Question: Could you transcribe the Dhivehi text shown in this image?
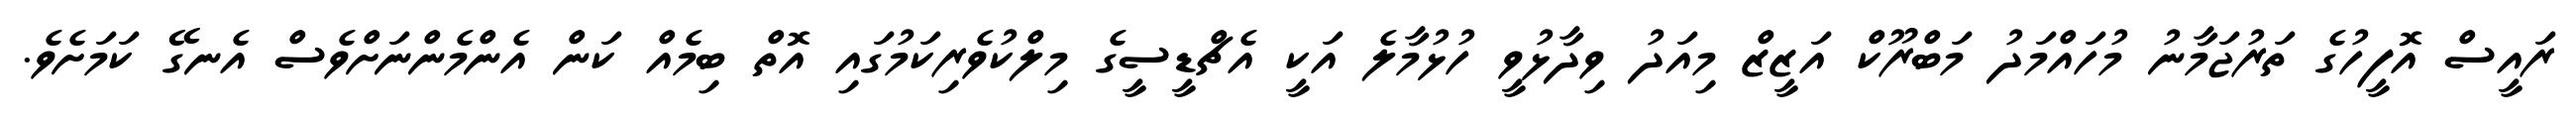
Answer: ރައީސް އޮފީހުގެ ތަރުޖަމާނު މުހައްމަދު މަބްރޫކް އަޒީޒް މިއަދު ވިދާޅުވީ ހުޅުމާލެ އަކީ އެޗްޑީސީގެ މިލްކުވެރިކަމުގައި އޮތް ބިމެއް ކަން އެންމެންނަށްވެސް އެނގޭ ކަމަށެވެ.